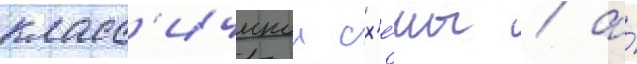
класс'ическои сх'е́мы / а́